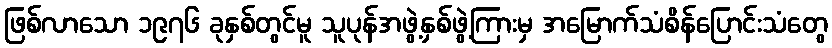
ဖြစ်လာသော ၁၉၇၆ ခုနှစ်တွင်မူ သူပုန်အဖွဲ့နှစ်ဖွဲ့ကြားမှ အမြောက်သံစိန်ပြောင်းသံတွေ